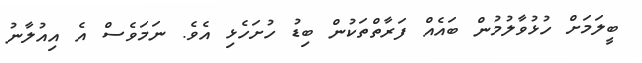
ބީލަމަށް ހުޅުވާލުމުން ބައެއް ފަރާތްތަކުން ބިޑު ހުށަހެޅި އެވެ. ނަމަވެސް އެ އިއުލާނު